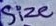
Text: Size